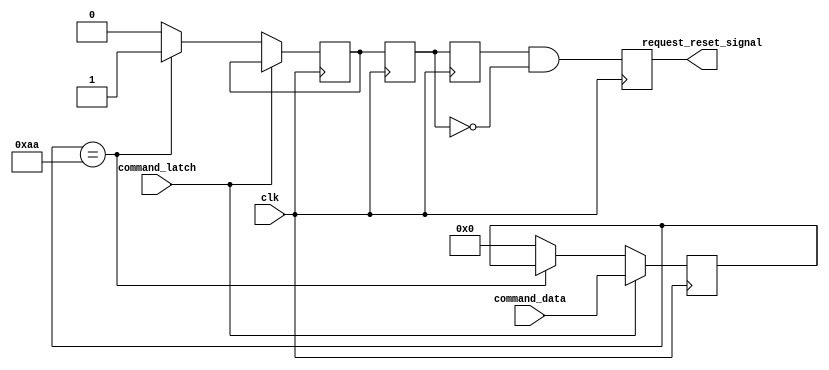
`timescale 1ns / 1ps
//////////////////////////////////////////////////////////////////////////////////
// Company: 
// Engineer: 
// 
// Design Name: 
// Module Name:    request_reset 
// Project Name: 
// Target Devices: 
// Tool versions: 
// Description: 
//
// Dependencies: 
//
// Revision: 
// Revision 0.01 - File Created
// Additional Comments: 
//
//////////////////////////////////////////////////////////////////////////////////
module request_reset(
								clk,command_latch,command_data,request_reset_signal
							);
				input clk ;
				input command_latch ;
				input [7:0]command_data  ;
				output request_reset_signal;
				
				reg  request_reset_signal  ;
				reg reset_flag      ;
				reg reset_flag_falling_buf1;
				reg reset_flag_falling_buf2;
				reg [7:0]command_data_buf ;
				
				always @ ( posedge clk )
					begin
						if ( command_latch )
							begin
								command_data_buf  <= command_data ;
							end
						else
							if ( command_data_buf == 8'b10101010 )
								begin
									reset_flag <= 1 ;
								end
							else
								begin
									command_data_buf <= 0 ;
									reset_flag       <= 0 ;
								end
					end
				always @ ( posedge clk )
					begin
						reset_flag_falling_buf1 <= reset_flag ;
						reset_flag_falling_buf2 <= reset_flag_falling_buf1 ;
						request_reset_signal    <= ( reset_flag_falling_buf2 ) && ( ~reset_flag_falling_buf1 ) ;
					end

endmodule